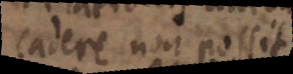
cadere non possit